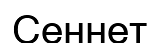
Сеннет